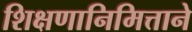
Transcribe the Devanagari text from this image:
शिक्षणानिमित्ताने